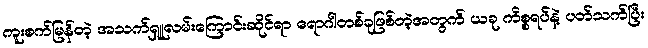
ကူးစက်မြန်တဲ့ အသက်ရှူလမ်းကြောင်းဆိုင်ရာ ရောဂါတစ်ခုဖြစ်တဲ့အတွက် ယခု ကိစ္စရပ်နဲ့ ပတ်သက်ပြီး